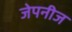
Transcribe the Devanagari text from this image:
जेपनीज